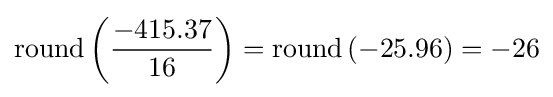
\mathrm {round} \left({\frac {-415.37}{16}}\right)=\mathrm {round} \left(-25.96\right)=-26